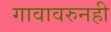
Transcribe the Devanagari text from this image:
गावावरुनही